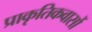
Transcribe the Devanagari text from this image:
प्राकृतिकवासों